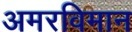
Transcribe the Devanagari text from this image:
अमरविमान